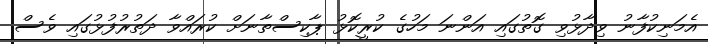
އެމަނިކުފާނު ވިދާޅުވި ގޮތުގައި އަންނަ މަހުގެ ކުރީކޮޅު ޕާކިސްތާނަށް ކުރައްވާ ދަތުރުފުޅުގައި ވެސް